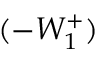
( - W _ { 1 } ^ { + } )